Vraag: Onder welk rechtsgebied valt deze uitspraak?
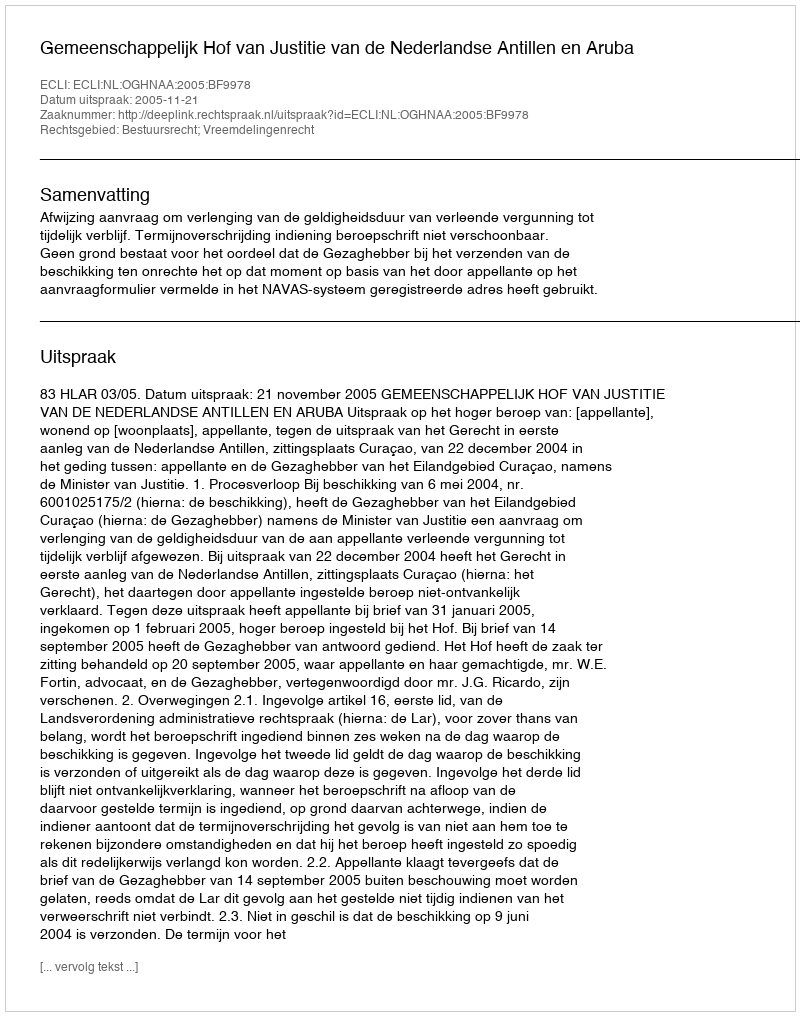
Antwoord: Bestuursrecht; Vreemdelingenrecht